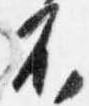
不